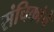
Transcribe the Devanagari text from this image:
संचिकांचे